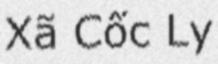
Xã Cốc Ly